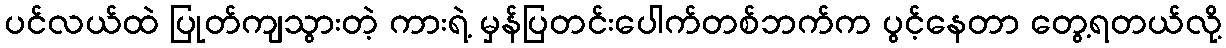
ပင်လယ်ထဲ ပြုတ်ကျသွားတဲ့ ကားရဲ့ မှန်ပြတင်းပေါက်တစ်ဘက်က ပွင့်နေတာ တွေ့ရတယ်လို့